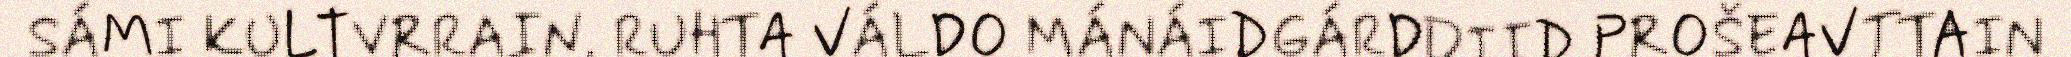
SÁMI KULTVRRAIN. RUHTA VÁLDO MÁNÁIDGÁRDDIID PROŠEAVTTAIN